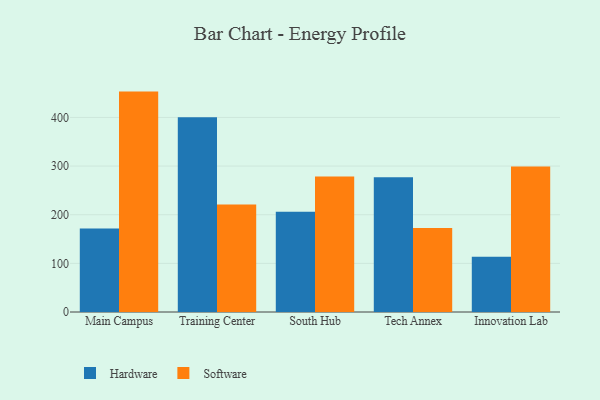
{"axis": {"x": "Campus", "y": "Tickets Resolved"}, "legend": ["Hardware", "Software"], "data": [{"x": "Main Campus", "y": 171.5, "type": "Hardware"}, {"x": "Main Campus", "y": 453.1, "type": "Software"}, {"x": "Training Center", "y": 400.6, "type": "Hardware"}, {"x": "Training Center", "y": 221.0, "type": "Software"}, {"x": "South Hub", "y": 206.2, "type": "Hardware"}, {"x": "South Hub", "y": 278.6, "type": "Software"}, {"x": "Tech Annex", "y": 277.2, "type": "Hardware"}, {"x": "Tech Annex", "y": 172.8, "type": "Software"}, {"x": "Innovation Lab", "y": 113.8, "type": "Hardware"}, {"x": "Innovation Lab", "y": 298.9, "type": "Software"}]}